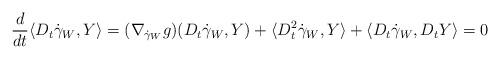
LaTeX: \begin{align*}\frac{d}{dt} \langle D_t\dot\gamma_W, Y \rangle = (\nabla_{\dot\gamma_W} g) (D_t\dot\gamma_W, Y) + \langle D^2_t\dot\gamma_W, Y \rangle + \langle D_t\dot\gamma_W, D_tY \rangle = 0\end{align*}